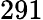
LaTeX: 291